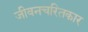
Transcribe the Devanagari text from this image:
जीवनचरितकार